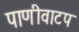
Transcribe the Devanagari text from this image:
पाणीवाटप